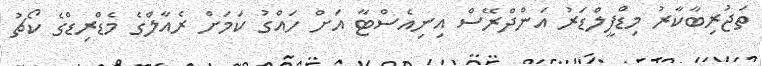
ތަޖުރިބާކާރު މިޑްފީލްޑަރު އަންދްރޭސް އިނިއެސްޓާ އަށް ހައްގު ކަމަށް ރެއާލްގެ މެޑްރިޑްގެ ކޯޗު